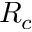
R _ { c }